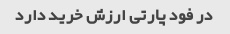
در فود پارتی ارزش خرید دارد